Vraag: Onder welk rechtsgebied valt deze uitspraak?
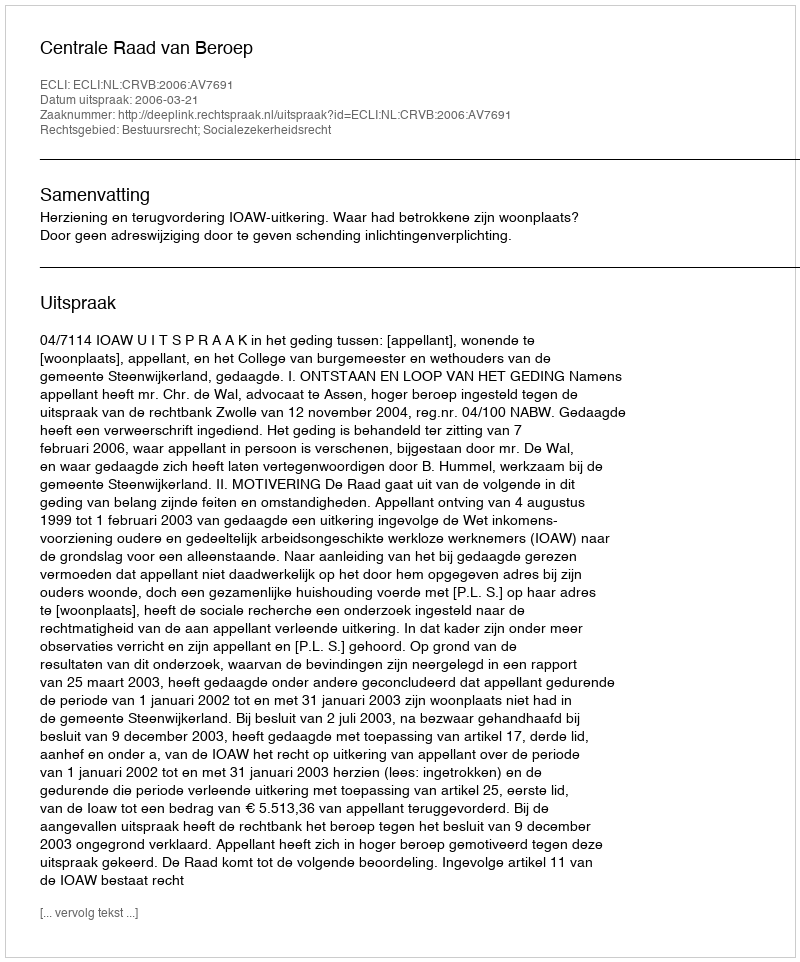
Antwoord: Bestuursrecht; Socialezekerheidsrecht